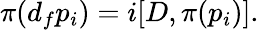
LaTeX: \pi(d_{f}p_{i})=i[D,\pi(p_{i})].